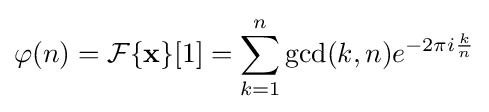
\varphi (n)={\mathcal {F}}\{\mathbf {x} \}[1]=\sum \limits _{k=1}^{n}\gcd(k,n)e^{-2\pi i{\frac {k}{n}}}